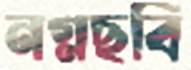
নগ্নছবি